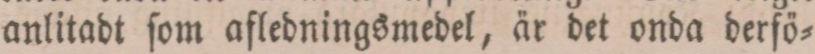
anlitadt ſom afledningsmedel, är det onda derfö=